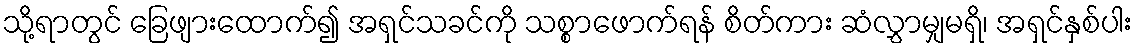
သို့ရာတွင် ခြေဖျားထောက်၍ အရှင်သခင်ကို သစ္စာဖောက်ရန် စိတ်ကား ဆံလွှာမျှမရှိ၊ အရှင်နှစ်ပါး